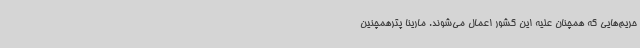
حریم‌هایی که همچنان علیه این کشور اعمال می‌شوند. مارینا پترهمچنین